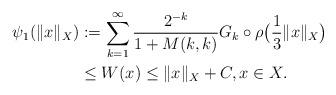
LaTeX: \begin{align*}\psi_1(\|x\|_X)&:=\sum_{k=1}^{\infty} \frac{2^{-k}}{1+M(k,k)} G_k\circ \rho\big(\frac{1}{3}\|x\|_X\big) \\& \leq W (x) \leq \|x\|_X + C, x \in X.\end{align*}